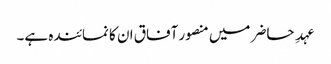
عہدِ حاضر میں منصور آفاق ان کا نمائندہ ہے۔